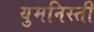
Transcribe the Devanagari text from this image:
युमनिस्ती